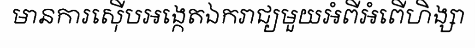
មានការស៊ើបអង្កេតឯករាជ្យមួយអំពីអំពើហិង្សា